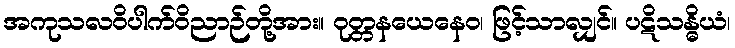
အကုသလဝိပါက်ဝိညာဉ်တို့အား။ ဝုတ္တနယေနေဝ၊ ဖြင့်သာလျှင်။ ပဋိသန္ဓိယံ၊